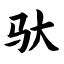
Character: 驮